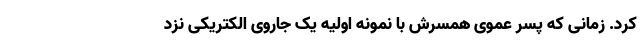
کرد. زمانی که پسر عموی همسرش با نمونه اولیه یک جاروی الکتریکی نزد